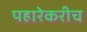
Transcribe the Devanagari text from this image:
पहारेकरीच